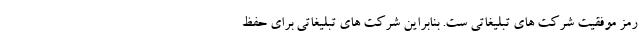
رمز موفقیت شرکت های تبلیغاتی ست. بنابراین شرکت های تبلیغاتی برای حفظ